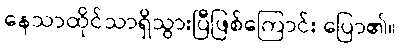
နေသာထိုင်သာရှိသွားပြီဖြစ်ကြောင်း ပြော၏။